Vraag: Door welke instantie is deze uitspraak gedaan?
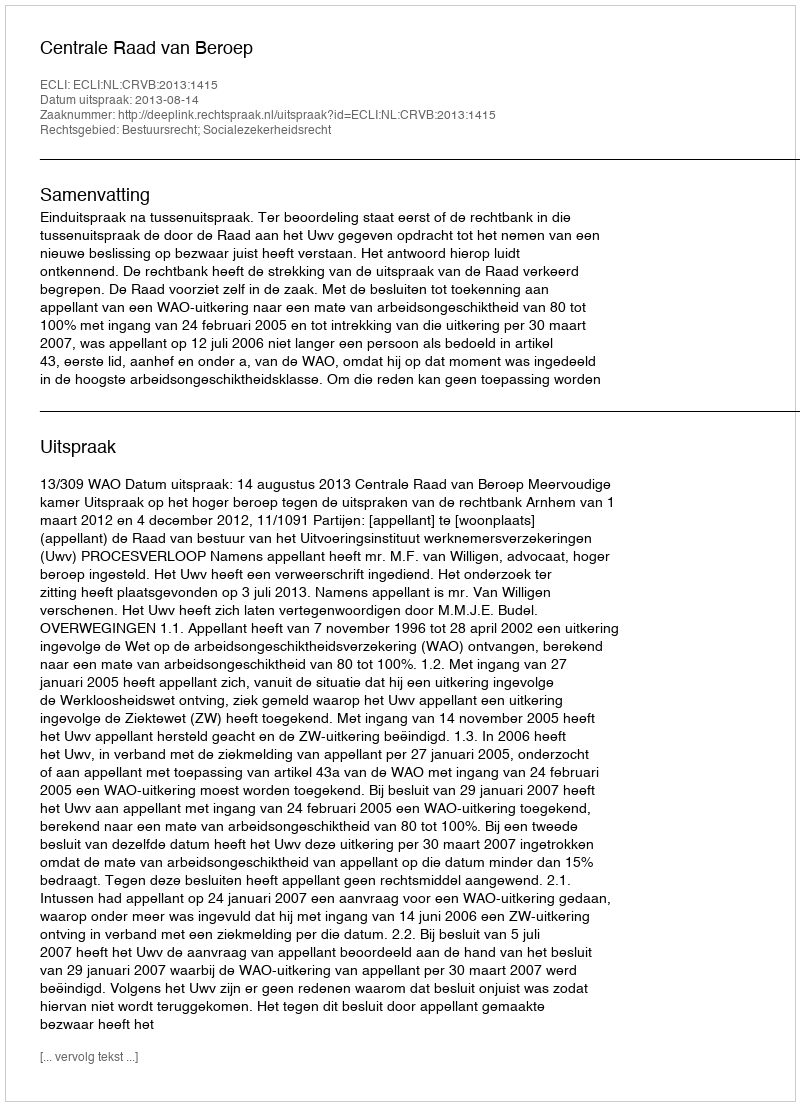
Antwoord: Centrale Raad van Beroep